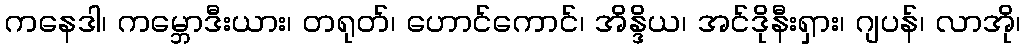
ကနေဒါ၊ ကမ္ဘောဒီးယား၊ တရုတ်၊ ဟောင်ကောင်၊ အိန္ဒိယ၊ အင်ဒိုနီးရှား၊ ဂျပန်၊ လာအို၊